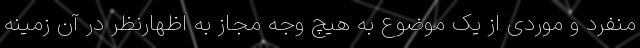
منفرد و موردی از یک موضوع به هیچ وجه مجاز به اظهارنظر در آن زمینه